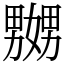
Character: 嬲